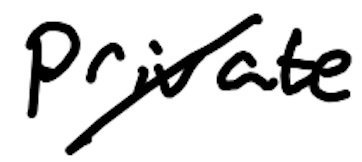
Text: private
Cross-out: diagonal
Writing tool: digital_black